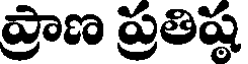
ప్రాణ ప్రతిష్ఠ